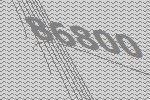
86800